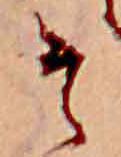
そ